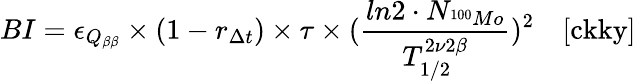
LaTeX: BI=\epsilon_{Q_{\beta\beta}}\times(1-r_{\Delta t})\times\tau\times(\frac{ln2\cdot N_{^{100}Mo}}{T_{1/2}^{2\nu 2\beta}})^{2}\quad[\mathrm{ckky}]